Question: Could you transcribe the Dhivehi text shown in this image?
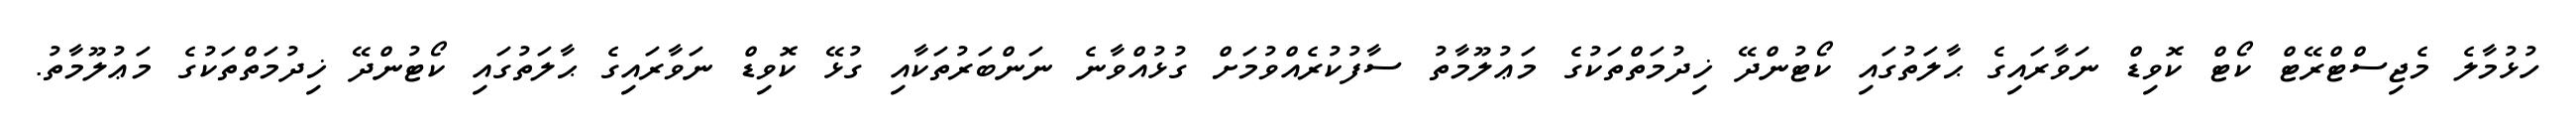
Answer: ހުޅުމާލެ މެޖިސްޓްރޭޓް ކޯޓް ކޮވިޑް ނަވާރައިގެ ޙާލަތުގައި ކޯޓުންދޭ ޚިދުމަތްތަކުގެ މަޢުލޫމާތު ސާފުކުރެއްވުމަށް ގުޅުއްވާނެ ނަންބަރުތަކާއި ގުޅޭ ކޮވިޑް ނަވާރައިގެ ޙާލަތުގައި ކޯޓުންދޭ ޚިދުމަތްތަކުގެ މަޢުލޫމާތު.